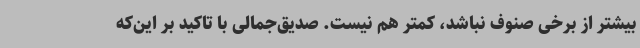
بیشتر از برخی صنوف نباشد، کمتر هم نیست. صدیق‌جمالی با تاکید بر این‌که